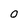
Character: O